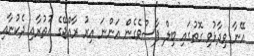
އޭނާ ވިދާޅުވި ގޮތުގައި ބިލް ފާސްވެގެން އަންނަ އިރު ރާއްޖޭގެ އުތުރާއި ދެކުނާއި